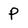
Character: P